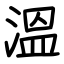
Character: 溫